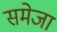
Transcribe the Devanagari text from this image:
समेजा